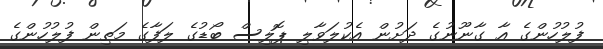
ފުލުހުންގެ އާ ގާނޫނުގެ ދަށުން އެކުލަވާލި ޕޮލިސް ބޯޑުގެ ލަފާގެ މަތިން ފުލުހުންގެ